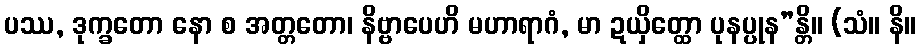
ပဿ, ဒုက္ခတော နော စ အတ္တတော၊ နိဗ္ဗာပေဟိ မဟာရာဂံ, မာ ဍယှိတ္ထော ပုနပ္ပုန”န္တိ။ (သံ။ နိ။